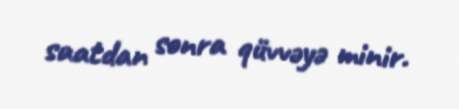
saatdan sonra qüvvəyə minir.